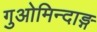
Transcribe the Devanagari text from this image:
गुओमिन्दाङ्ग